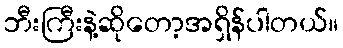
ဘီးကြီးနဲ့ဆိုတော့အရှိန်ပါတယ်။